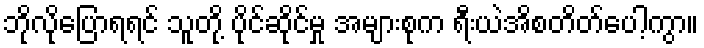
ဘိုလိုပြောရရင် သူတို့ ပိုင်ဆိုင်မှု အများစုက ရီးယဲအိစတိတ်ပေါ့ကွာ။